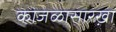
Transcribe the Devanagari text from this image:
काजळासारखा